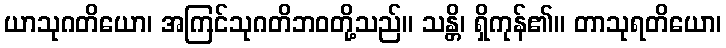
ယာသုဂတိယော၊ အကြင်သုဂတိဘဝတို့သည်။ သန္တိ၊ ရှိကုန်၏။ တာသုရတိယော၊